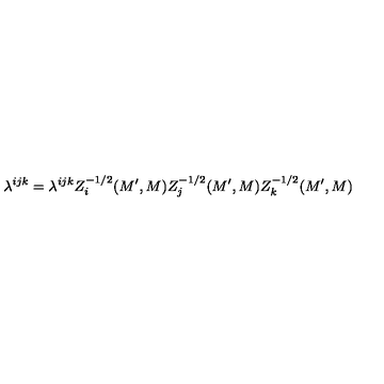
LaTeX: \lambda ^ { i j k } = \lambda ^ { i j k } Z _ { i } ^ { - 1 / 2 } ( M ^ { \prime } , M ) Z _ { j } ^ { - 1 / 2 } ( M ^ { \prime } , M ) Z _ { k } ^ { - 1 / 2 } ( M ^ { \prime } , M )